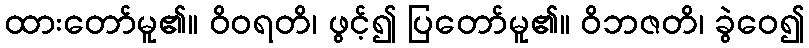
ထားတော်မူ၏။ ဝိဝရတိ၊ ဖွင့်၍ ပြတော်မူ၏။ ဝိဘဇတိ၊ ခွဲဝေ၍